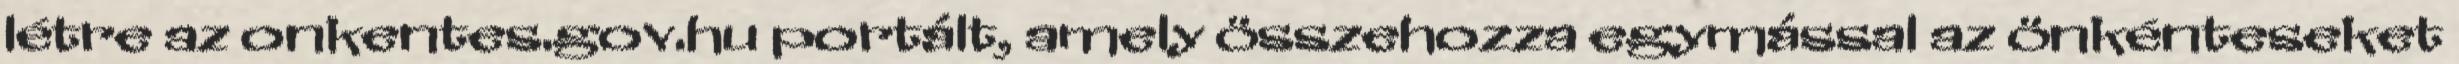
létre az onkentes.gov.hu portált, amely összehozza egymással az önkénteseket